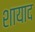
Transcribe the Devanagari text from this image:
शायाद